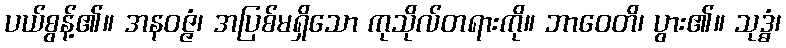
ပယ်စွန့်၏။ အနဝဇ္ဇံ၊ အပြစ်မရှိသော ကုသိုလ်တရားကို။ ဘာဝေတိ၊ ပွား၏။ သုဒ္ဓံ၊